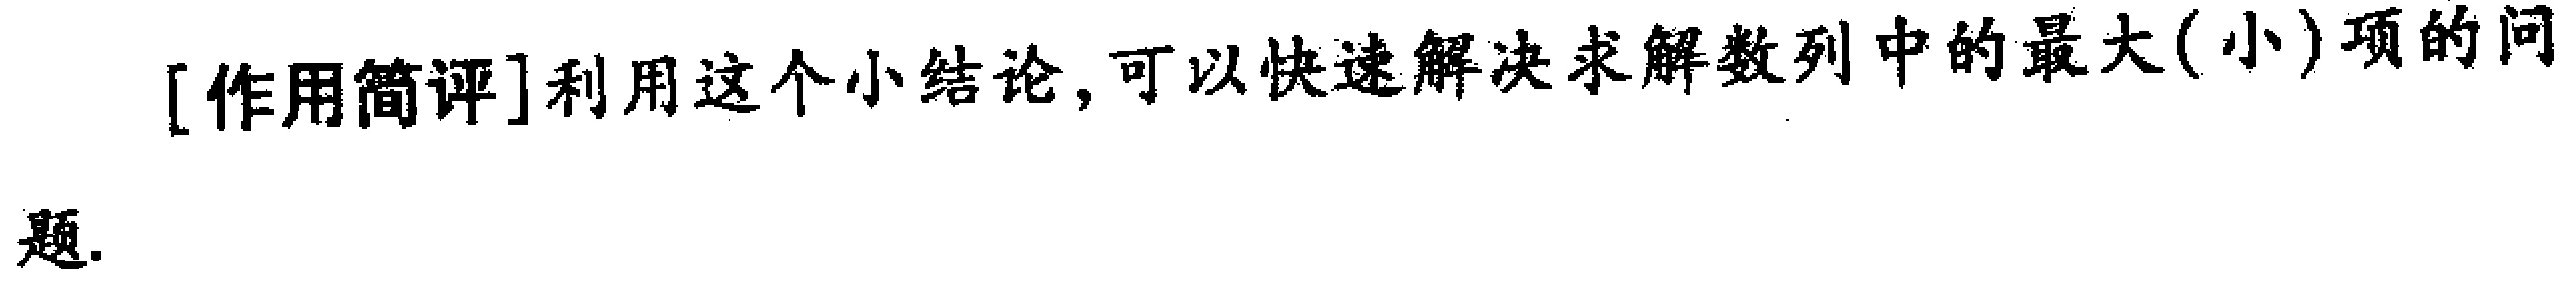
[作用简评]利用这个小结论，可以快速解决求解数列中的最大(小)项的问题.